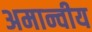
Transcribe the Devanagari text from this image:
अमान्वीय